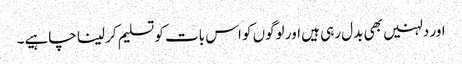
اور دلہنیں بھی بدل رہی ہیں اور لوگوں کو اس بات کو تسلیم کر لینا چاہیے۔